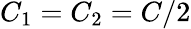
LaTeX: C_{1}=C_{2}=C/2